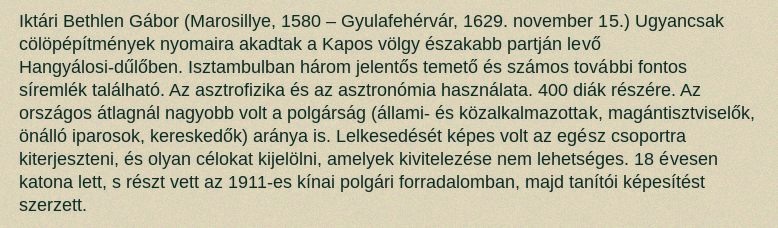
Iktári Bethlen Gábor (Marosillye, 1580 – Gyulafehérvár, 1629. november 15.) Ugyancsak cölöpépítmények nyomaira akadtak a Kapos völgy északabb partján levő Hangyálosi-dűlőben. Isztambulban három jelentős temető és számos további fontos síremlék található. Az asztrofizika és az asztronómia használata. 400 diák részére. Az országos átlagnál nagyobb volt a polgárság (állami- és közalkalmazottak, magántisztviselők, önálló iparosok, kereskedők) aránya is. Lelkesedését képes volt az egész csoportra kiterjeszteni, és olyan célokat kijelölni, amelyek kivitelezése nem lehetséges. 18 évesen katona lett, s részt vett az 1911-es kínai polgári forradalomban, majd tanítói képesítést szerzett.